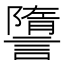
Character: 䜐